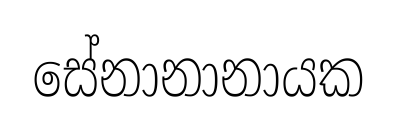
සේනානානායක